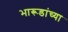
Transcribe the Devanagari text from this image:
भारूडांच्या